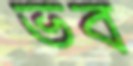
ভব